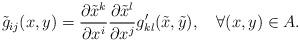
LaTeX: \begin{align*}\tilde{g}_{ij}(x,y)=\dfrac{\partial \tilde{x}^{k}}{\partial x^{i}}\dfrac{\partial \tilde{x}^{l}}{\partial x^{j}}g_{kl}^{\prime }(\tilde{x},\tilde{y}),~\ \ \forall (x,y)\in A. \end{align*}